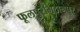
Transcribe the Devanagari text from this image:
फूलपुरमिठानपुर